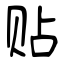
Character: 贴